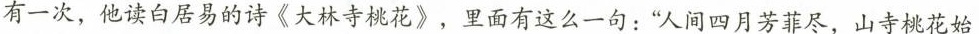
有一次，他读白居易的诗《大林寺桃花》，里面有这么一句：”人间四月芳菲尽，山寺桃花始